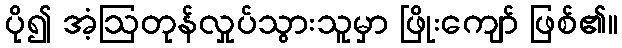
ပို၍ အံ့ဩတုန်လှုပ်သွားသူမှာ ဖြိုးကျော် ဖြစ်၏။